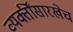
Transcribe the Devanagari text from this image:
व्यक्तींसारखेच